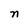
Character: n